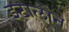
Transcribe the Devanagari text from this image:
इटालोन